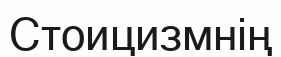
Стоицизмнің